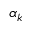
\alpha _ { k }